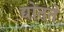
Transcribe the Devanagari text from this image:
द्योतते